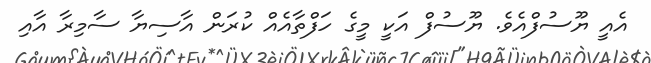
އެއީ ޔޫސުފްއެވެ. ޔޫސުފް އަކީ މީގެ ހަފްތާއެއް ކުރަން އާސިޔާ ސާމިރާ އާއި